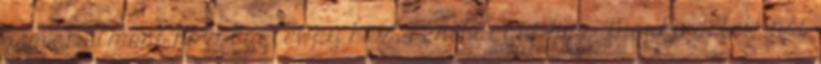
sem: Belmont ház, Eagleway ház, Penthagast ház. Meghirdetett női